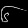
Digit: ၆